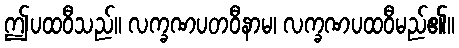
ဤပထဝီသည်။ လက္ခဏပတဝီနာမ၊ လက္ခဏပထဝီမည်၏။